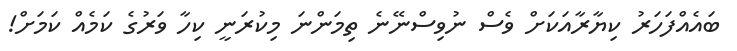
ބައެއްފަހަރު ކިޔާރާއަކަށް ވެސް ނުވިސްނޭނެ ތިމަންނަ މިކުރަނީ ކިހާ ވަރުގެ ކަމެއް ކަމަށް!